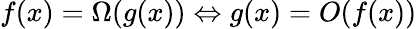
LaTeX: f(x)=\Omega(g(x))\Leftrightarrow g(x)=O(f(x))